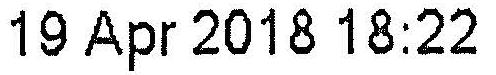
19 APR 2018 18:22